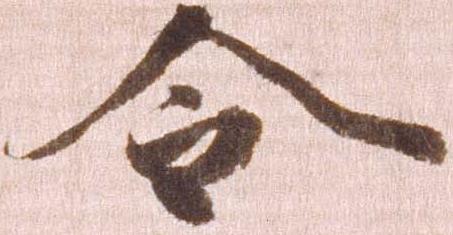
令